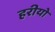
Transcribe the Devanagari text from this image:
हरीयो